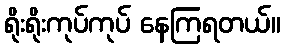
ရိုးရိုးကုပ်ကုပ် နေကြရတယ်။